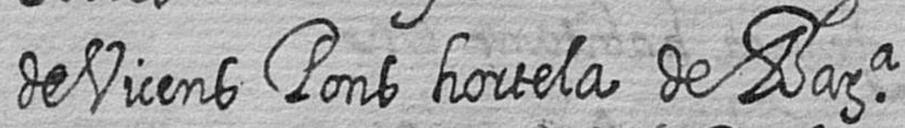
de Vicens Pons hortela de Bara